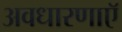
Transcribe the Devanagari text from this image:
अवधारणाएॅ